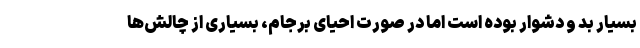
بسیار بد و دشوار بوده است اما در صورت احیای برجام، بسیاری از چالش‌ها